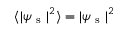
\langle | \psi _ { \mathrm { ~ s ~ } } | ^ { 2 } \rangle = | \psi _ { \mathrm { ~ s ~ } } | ^ { 2 }